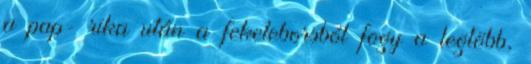
a pap- rika után a feketeborsból fogy a legtöbb,